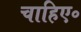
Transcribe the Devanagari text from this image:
चाहिए॰